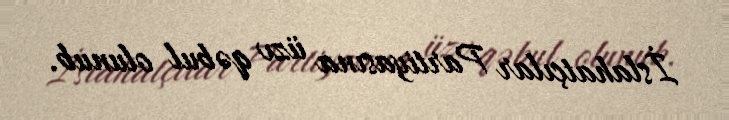
İslahatçılar Partiyasına üzv qəbul olunub.